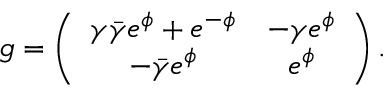
g = \left( \begin{array} { c c c } { { \gamma \bar { \gamma } e ^ { \phi } + e ^ { - \phi } } } & { { - \gamma e ^ { \phi } } } \\ { { - \bar { \gamma } e ^ { \phi } } } & { { e ^ { \phi } } } \end{array} \right) .